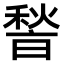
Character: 𮃢